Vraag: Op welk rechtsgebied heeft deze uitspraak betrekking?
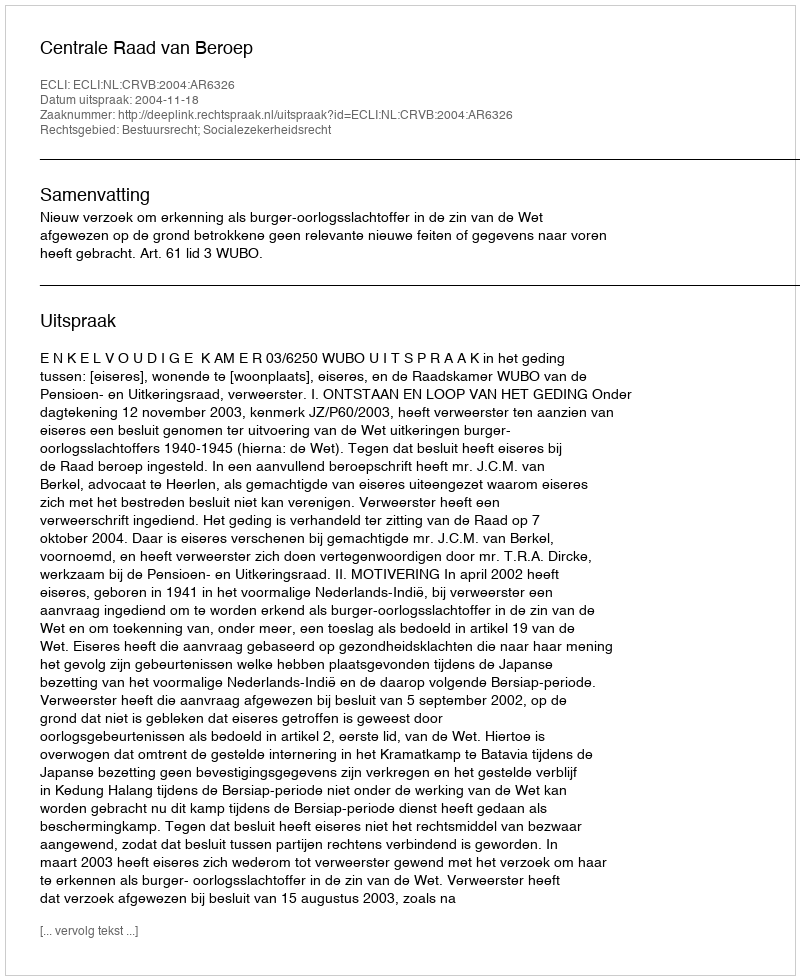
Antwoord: Bestuursrecht; Socialezekerheidsrecht